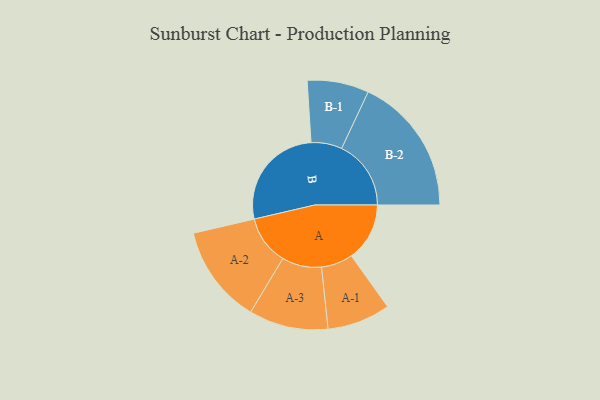
{"axis": {"x": "Segment", "y": "Value"}, "legend": ["", "A", "B"], "data": [{"x": "A", "y": 225, "type": ""}, {"x": "B", "y": 411, "type": ""}, {"x": "A-1", "y": 122, "type": "A"}, {"x": "A-2", "y": 190, "type": "A"}, {"x": "A-3", "y": 153, "type": "A"}, {"x": "B-1", "y": 119, "type": "B"}, {"x": "B-2", "y": 268, "type": "B"}]}